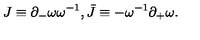
J \equiv \partial _ { - } \omega \omega ^ { - 1 } , \bar { J } \equiv - \omega ^ { - 1 } \partial _ { + } \omega .